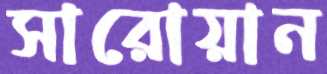
সারোয়ান